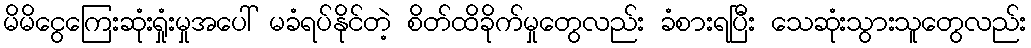
မိမိငွေကြေးဆုံးရှုံးမှုအပေါ် မခံရပ်နိုင်တဲ့ စိတ်ထိခိုက်မှုတွေလည်း ခံစားရပြီး သေဆုံးသွားသူတွေလည်း